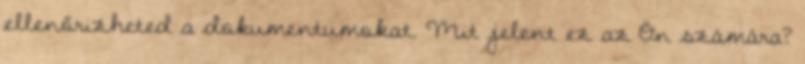
ellenőrizheted a dokumentumokat. Mit jelent ez az Ön számára?